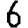
Digit: 6